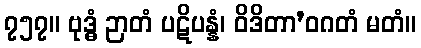
၇၅၇။ ဗုဒ္ဓံ ဉာတံ ပဋိပန္နံ၊ ဝိဒိတာ’ဝဂတံ မတံ။